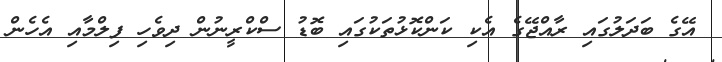
އޭގެ ބަދަލުގައި ރާއްޖޭގެ އެކި ކަންކޮޅުތަކުގައި ބޮޑު ސްކްރީނުން ދިވެހި ފިލްމާއި އެހެން